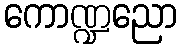
ကောဏ္ဍညော